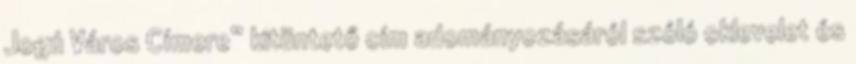
Jogú Város Címere” kitüntető cím adományozásáról szóló oklevelet és